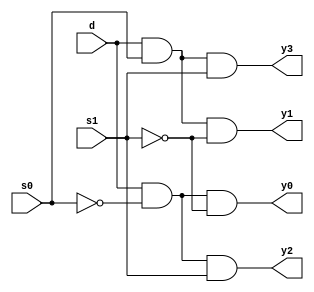
module demux_1_to_4(

    input d,
    input s0,
    input s1,
    output y0,
    output y1,
    output y2,
    output y3
    );
not(s1n,s1),(s0n,s0);
and(y0,d,s0n,s1n),(y1,d,s0,s1n),(y2,d,s0n,s1),(y3,d,s0,s1);
endmodule